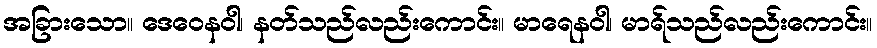
အခြားသော။ ဒေဝေနဝါ၊ နတ်သည်လည်းကောင်း။ မာရေနဝါ၊ မာရ်သည်လည်းကောင်း။